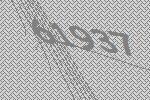
61937